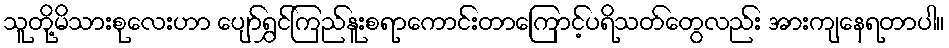
သူတို့မိသားစုလေးဟာ ပျော်ရွှင်ကြည်နူးစရာကောင်းတာကြောင့်ပရိသတ်တွေလည်း အားကျနေရတာပါ။